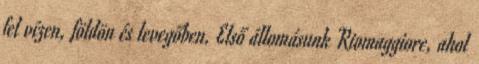
fel vízen, földön és levegőben. Első állomásunk Riomaggiore, ahol